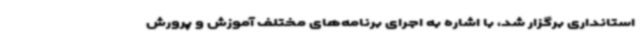
استانداری برگزار شد، با اشاره به اجرای برنامه‌های مختلف آموزش و پرورش